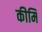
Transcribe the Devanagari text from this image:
कीमि